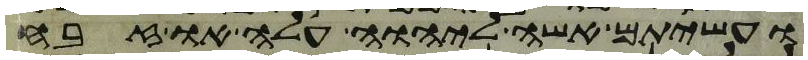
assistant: ועשיתם אשה ליהוה עלה או זבח